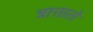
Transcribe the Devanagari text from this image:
त्रात्तातो